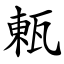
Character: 㼯